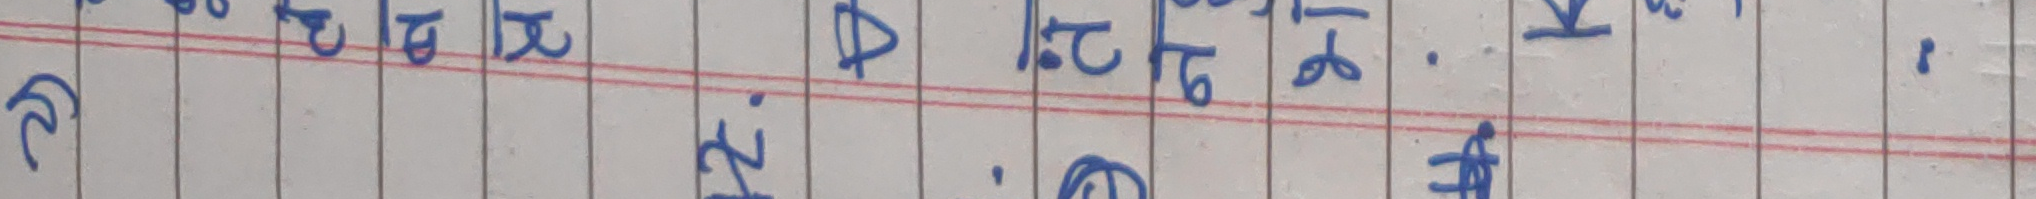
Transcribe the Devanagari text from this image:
नै झाँस  अति . आत्  । ६.१२ ।  भन्ने